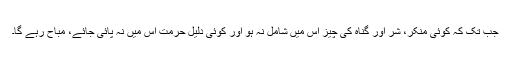
جب تک کہ کوئی منکر، شر اور گناہ کی چیز اس میں شامل نہ ہو اور کوئی دلیلِ حرمت اس میں نہ پائی جائے، مباح رہے گا۔